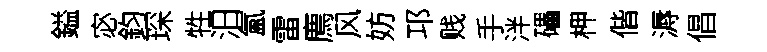
鎰宓鈞琛牲汨氳雷廌风妨邛贱手泮礧柙偕溽倡